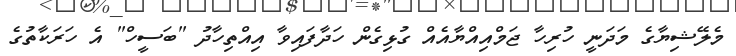
މެލޭޝިޔާގެ މަދަނީ ހުރިހާ ޖަމްއިއްޔާއެއް ގުޅިގެން ހަދާފައިވާ އިއްތިހާދު "ބަސީހް" އެ ހަރަކާތުގެ